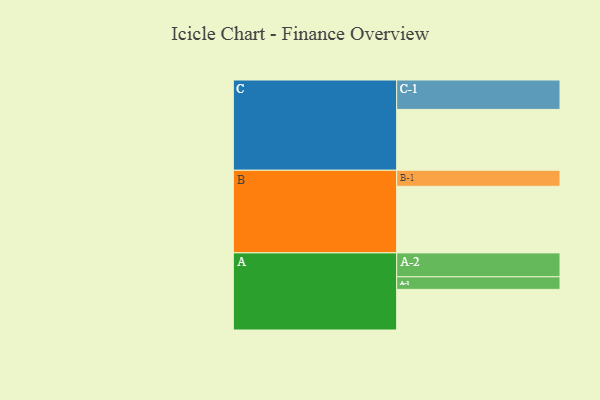
{"axis": {"x": "Segment", "y": "Value"}, "legend": ["", "A", "B", "C"], "data": [{"x": "A", "y": 355, "type": ""}, {"x": "B", "y": 582, "type": ""}, {"x": "C", "y": 532, "type": ""}, {"x": "A-1", "y": 110, "type": "A"}, {"x": "A-2", "y": 209, "type": "A"}, {"x": "B-1", "y": 140, "type": "B"}, {"x": "C-1", "y": 257, "type": "C"}]}